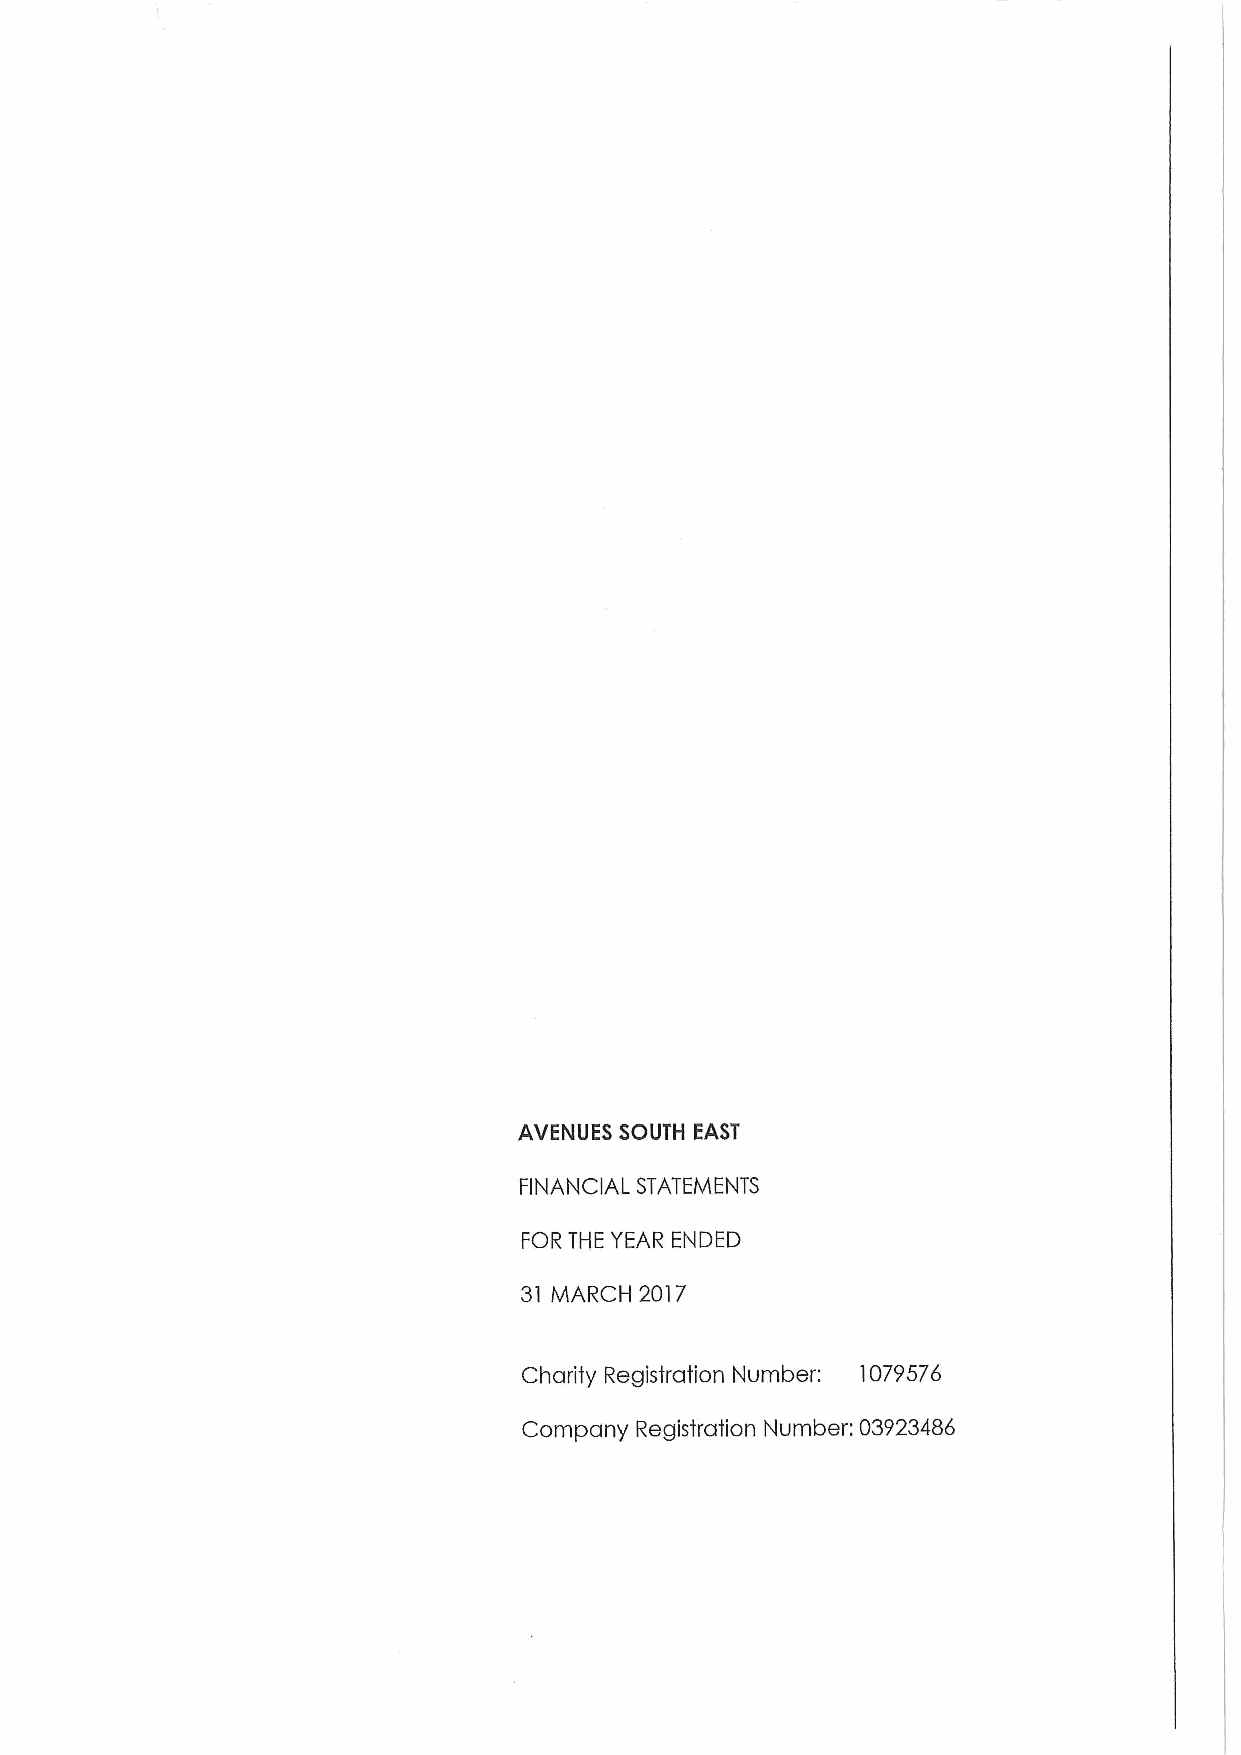
AVENUES SOUTH EAST
 FINANCIAL STATEMENTS
 FOR THE YEAR ENDED
 31 MARCH 2017
 Charity Registration Number: 1079576
 Company Registration Number: 03923486